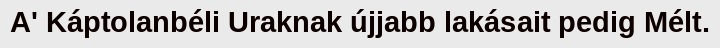
A' Káptolanbéli Uraknak újjabb lakásait pedig Mélt.